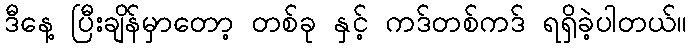
ဒီနေ့ ပြီးချိန်မှာတော့ တစ်ခု နှင့် ကဒ်တစ်ကဒ် ရရှိခဲ့ပါတယ်။